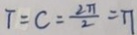
T = C = \frac { 2 \pi } { 2 } = \pi